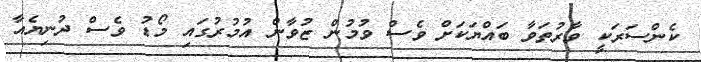
ކެންސަރަކީ ވާރުތަވާ ބައްޔަކަށް ވެސް ވުމުން ޒުވާން އުމުރުގައި މޯޑު ވެސް ދުނިޔެއާ